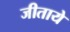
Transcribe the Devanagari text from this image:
जीताये